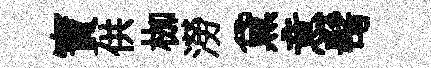
寶供枷澇黛意髩